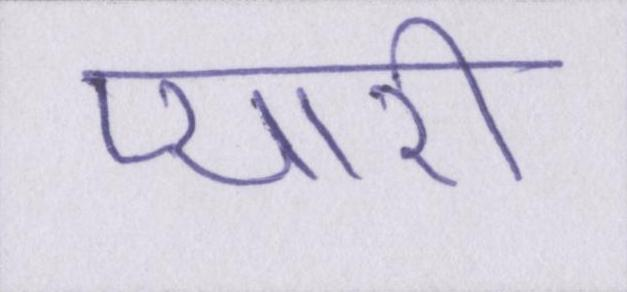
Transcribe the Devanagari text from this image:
प्यारी